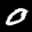
Label: 0